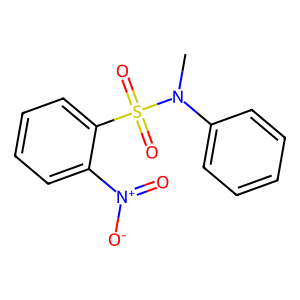
SMILES: CN(c1ccccc1)S(=O)(=O)c1ccccc1[N+](=O)[O-]
Inhibits HIV replication: No